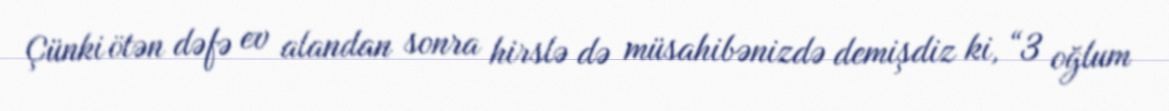
Çünki ötən dəfə ev alandan sonra hirslə də müsahibənizdə demişdiz ki, “3 oğlum